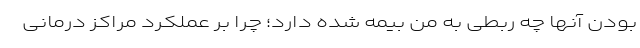
بودن آنها چه ربطی به منِ بیمه شده دارد؛ چرا بر عملکرد مراکز درمانی